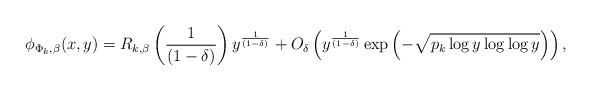
LaTeX: \begin{align*}\phi_{\Phi_k, \beta}(x, y)=R_{k, \beta} \left(\frac{1}{(1-\delta)}\right)y^{\frac{1}{(1-\delta)}}+O_\delta\left( y^{\frac{1}{(1-\delta)}}\exp\left( -\sqrt{p_k \log y\log\log y}\right)\right), \end{align*}